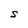
Character: S